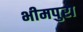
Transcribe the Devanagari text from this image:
भीमपुरा